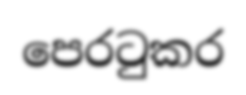
පෙරටුකර